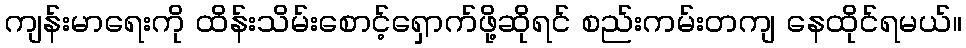
ကျန်းမာရေးကို ထိန်းသိမ်းစောင့်ရှောက်ဖို့ဆိုရင် စည်းကမ်းတကျ နေထိုင်ရမယ်။